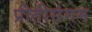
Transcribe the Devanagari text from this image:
प्रीतीसंगम